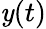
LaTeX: \mathit{y}(t)